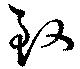
致